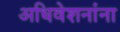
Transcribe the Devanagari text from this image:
अधिवेशनांना